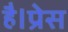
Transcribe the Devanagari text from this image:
है।प्रेस